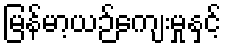
မြန်မာ့ယဉ်ကျေးမှုနှင့်